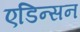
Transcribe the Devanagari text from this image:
एडिन्सन